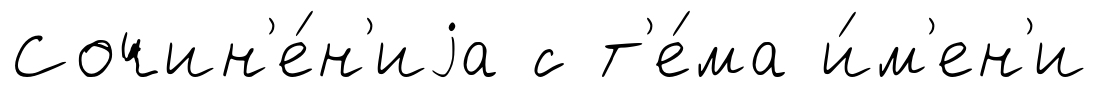
Сочин'е́н'иjа с т'е́ма и́м'ен'и